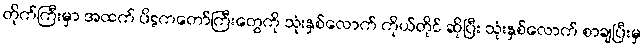
တိုက်ကြီးမှာ အထက် ပိဋကတော်ကြီးတွေကို သုံးနှစ်လောက် ကိုယ်တိုင် ဆိုပြီး သုံးနှစ်လောက် စာချပြီးမှ